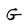
Character: G